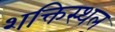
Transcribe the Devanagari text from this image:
शक्तिस्थल